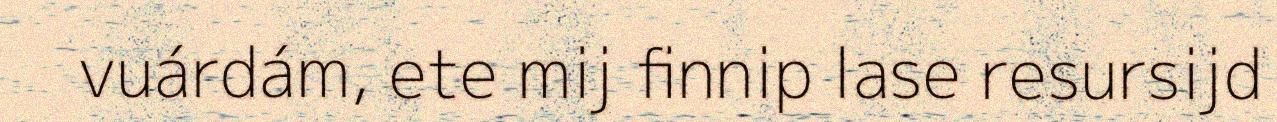
vuárdám, ete mij finnip lase resursijd